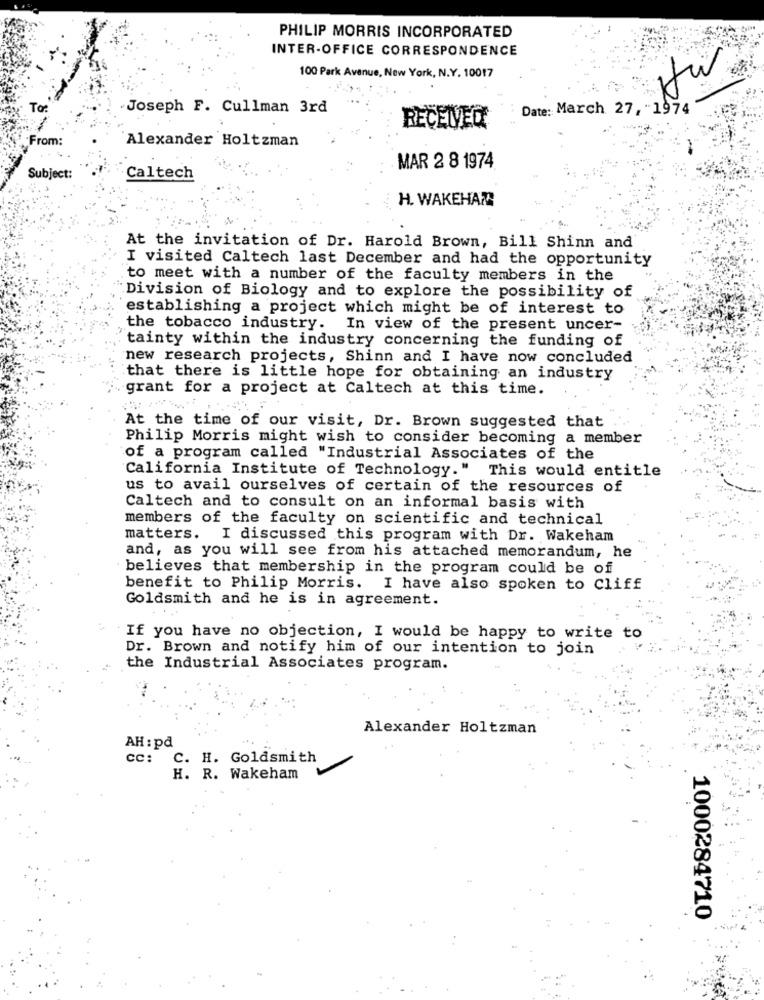
PHILIP MORRIS INCORPORATED
INTER-OFFICE CORRESPONDENCE
100 Park Avenue, New York, N.Y. 10017
To:
Joseph F. Cullman 3rd
Date: March 27, 1974
RECEIVED
From:
Alexander Holtzman
MAR 2 8 1974
Subject:
Caltech
H. WAKEHAR
At the invitation of Dr. Harold Brown, Bill Shinn and
I visited Caltech last December and had the opportunity
to meet with a number of the faculty members in the
Division of Biology and to explore the possibility of
establishing a project which might be of interest to
the tobacco industry. In view of the present uncer-
tainty within the industry concerning the funding of
new research projects, Shinn and I have now concluded
that there is little hope for obtaining an industry
grant for a project at Caltech at this time.
At the time of our visit, Dr. Brown suggested that
Philip Morris might wish to consider becoming a member
of a program called "Industrial Associates of the
California Institute of Technology."
This would entitle
us to avail ourselves of certain of the resources of
Caltech and to consult on an informal basis with
members of the faculty on scientific and technical
matters. I discussed this program with Dr. Wakeham
and, as you will see from his attached memorandum, he
believes that membership in the program could be of
benefit to Philip Morris. I have also spoken to Cliff
Goldsmith and he is in agreement.
If you have no objection, I would be happy to write to
Dr. Brown and notify him of our intention to join
the Industrial Associates program.
Alexander Holtzman
AH : pd
cc: C. H. Goldsmith
H. R. Wakeham
1000284710